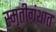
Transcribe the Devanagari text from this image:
स्मृतीग्रंथात